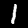
Digit: 1